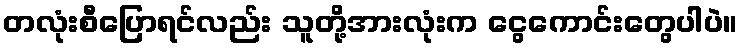
တလုံးစီပြောရင်လည်း သူတို့အားလုံးက ငွေကောင်းတွေပါပဲ။